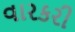
વારકરી